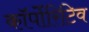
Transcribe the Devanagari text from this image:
कॉर्पोरिटिव